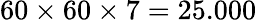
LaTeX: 60\times 60\times 7=25.000